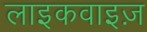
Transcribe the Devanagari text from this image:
लाइकवाइज़